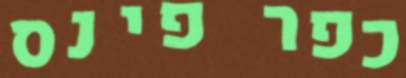
כפר פינס